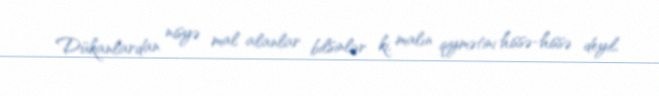
Dükanlardan nisyə mal alanlar bilsinlər ki, malın qiymətini hissə-hissə deyil,